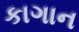
કાગાન